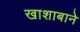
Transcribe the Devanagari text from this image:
खाशाबाने